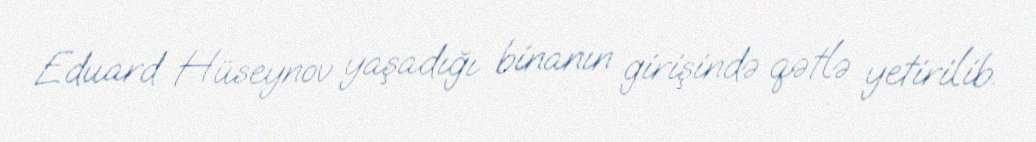
Eduard Hüseynov yaşadığı binanın girişində qətlə yetirilib.